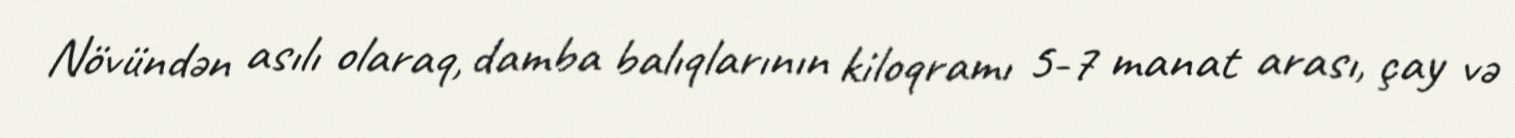
Növündən asılı olaraq, damba balıqlarının kiloqramı 5-7 manat arası, çay və